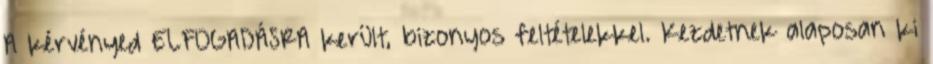
A kérvényed ELFOGADÁSRA került, bizonyos feltételekkel. Kezdetnek alaposan ki